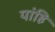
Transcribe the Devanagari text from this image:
यांहि